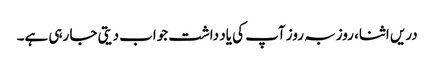
دریں اثنا، روز بہ روز آپ کی یاد داشت جواب دیتی جا رہی ہے۔